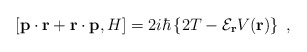
\begin{align*}\left[ {\bf p} \cdot {\bf r}+ {\bf r} \cdot {\bf p}, H\right]= 2 i \hbar\left\{2 T -{\mathcal E}_{\bf r} V ({\bf r})\right\}\; ,\end{align*}